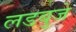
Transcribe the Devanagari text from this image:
लडबुजे